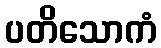
ပတိသောကံ